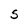
Character: S